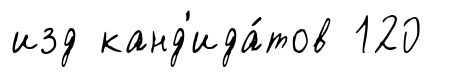
изд канд'ида́тов 120